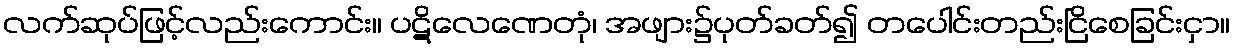
လက်ဆုပ်ဖြင့်လည်းကောင်း။ ပဋိလေဏေတုံ၊ အဖျား၌ပုတ်ခတ်၍ တပေါင်းတည်းငြိစေခြင်းငှာ။